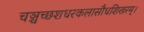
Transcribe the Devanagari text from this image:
चञ्चच्छशधरकलासौधशिखरम्।